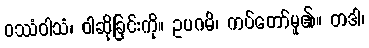
ဝဿံဝါသံ၊ ဝါဆိုခြင်းကို။ ဥပဂမိ၊ ကပ်တော်မူ၏။ တဒါ၊